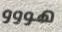
هووو